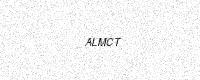
Text: ALMCT